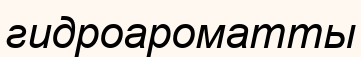
гидроароматты